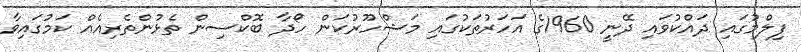
ފިލްމުގައި ދައްކުވައި ދޭނީ 1960ގެ އަހަރުތަކުގައި މަޝްހޫރުކަން ހޯދާ ބޮކްސިން ތެޅުންތެރިއެއް ކަމުގައިވާ